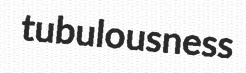
tubulousness